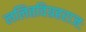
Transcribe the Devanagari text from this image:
ललितविग्रहराजः